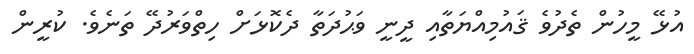
އުޅޭ މީހުން ތެދުވެ ޤައުމިއްޔަތާއި ދީނީ ވަޙުދަތާ ދެކޮޅަށް ހިތްވަރުދޭ ތަނެވެ. ކުރީން